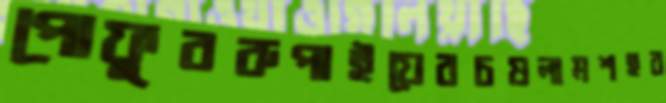
পোফুররুপাইয়েরচষলামশহর